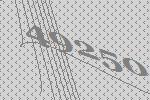
49250